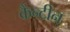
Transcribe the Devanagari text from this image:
कैंन्टीन